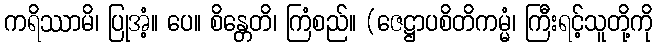
ကရိဿာမိ၊ ပြုအံ့။ ပေ။ စိန္တေတိ၊ ကြံစည်။ (ဇေဋ္ဌာပစိတိကမ္မံ၊ ကြီးရင့်သူတို့ကို